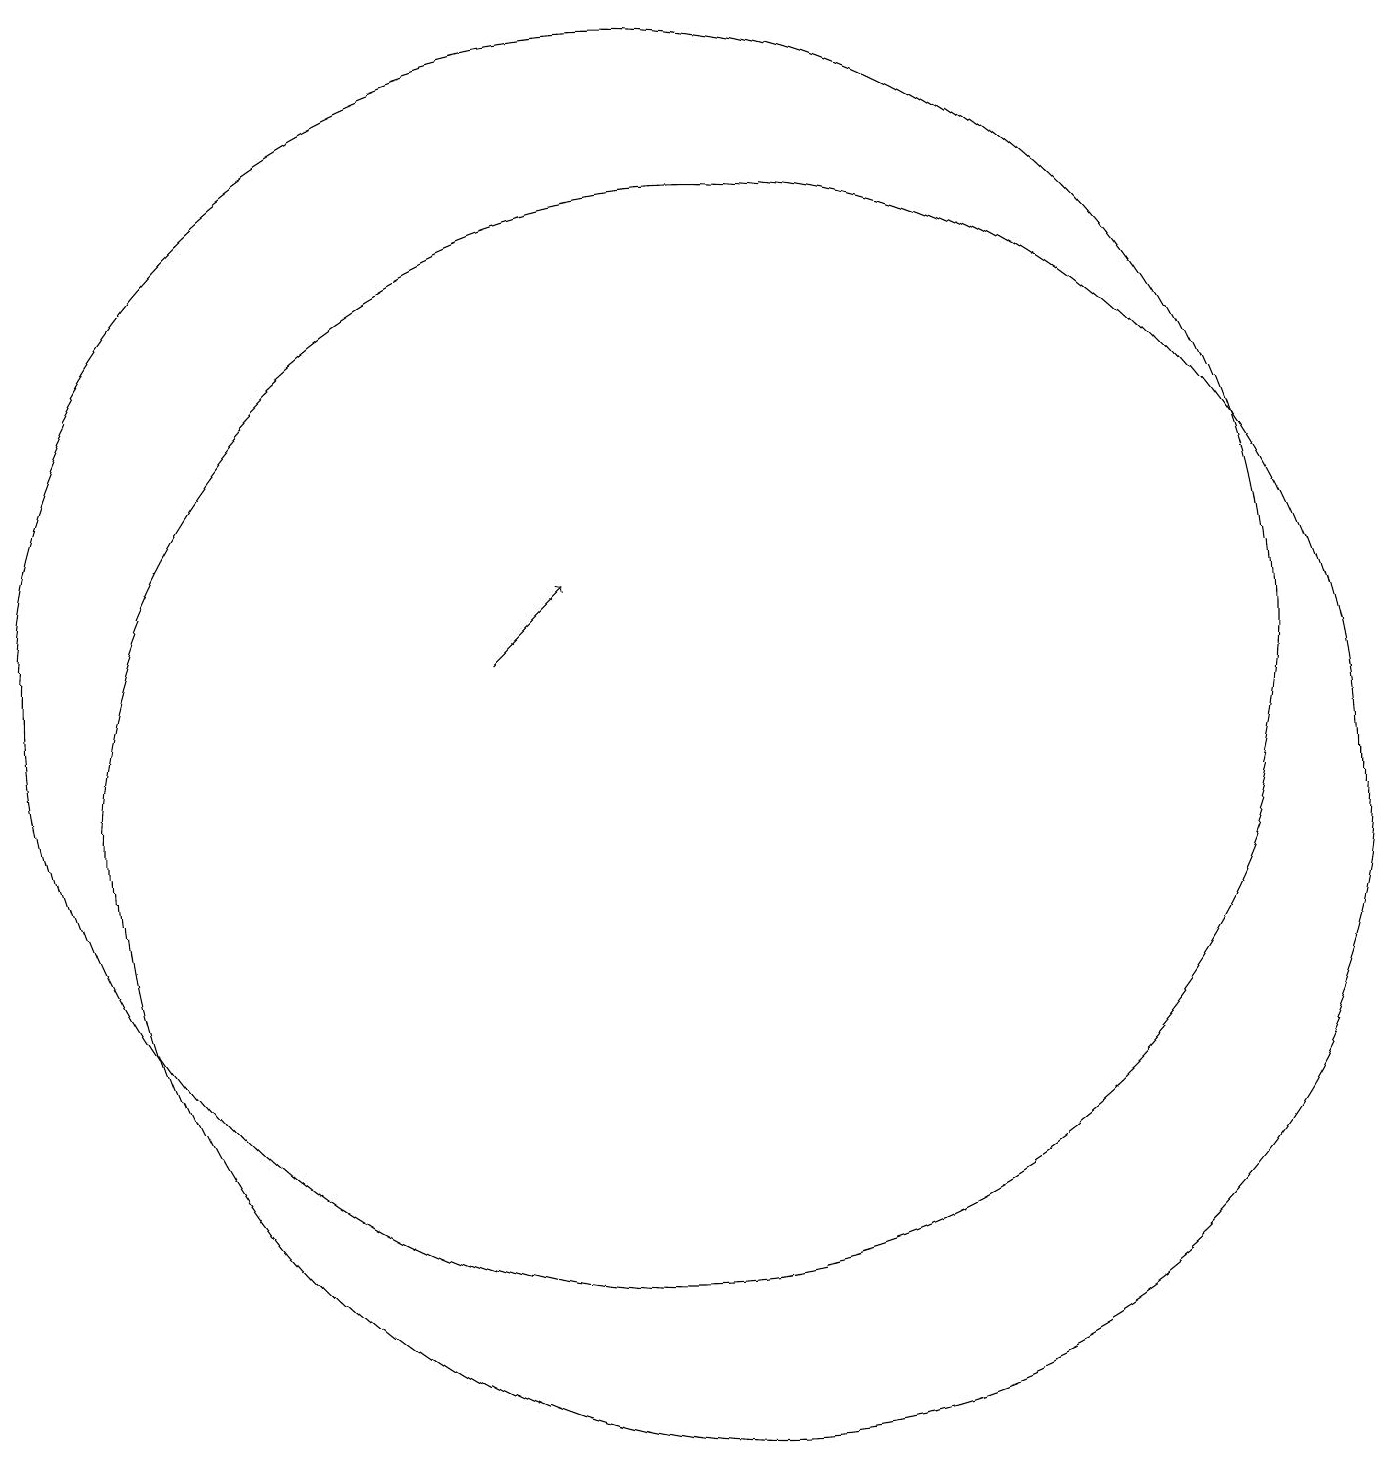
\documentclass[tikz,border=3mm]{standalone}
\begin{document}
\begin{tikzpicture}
\draw (11,10) circle (8);
\draw[->] (8,12) -- (9,13);
\draw (10,12) circle (8);
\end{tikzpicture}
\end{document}